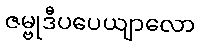
ဇမ္ဗုဒီပပေယျာလော